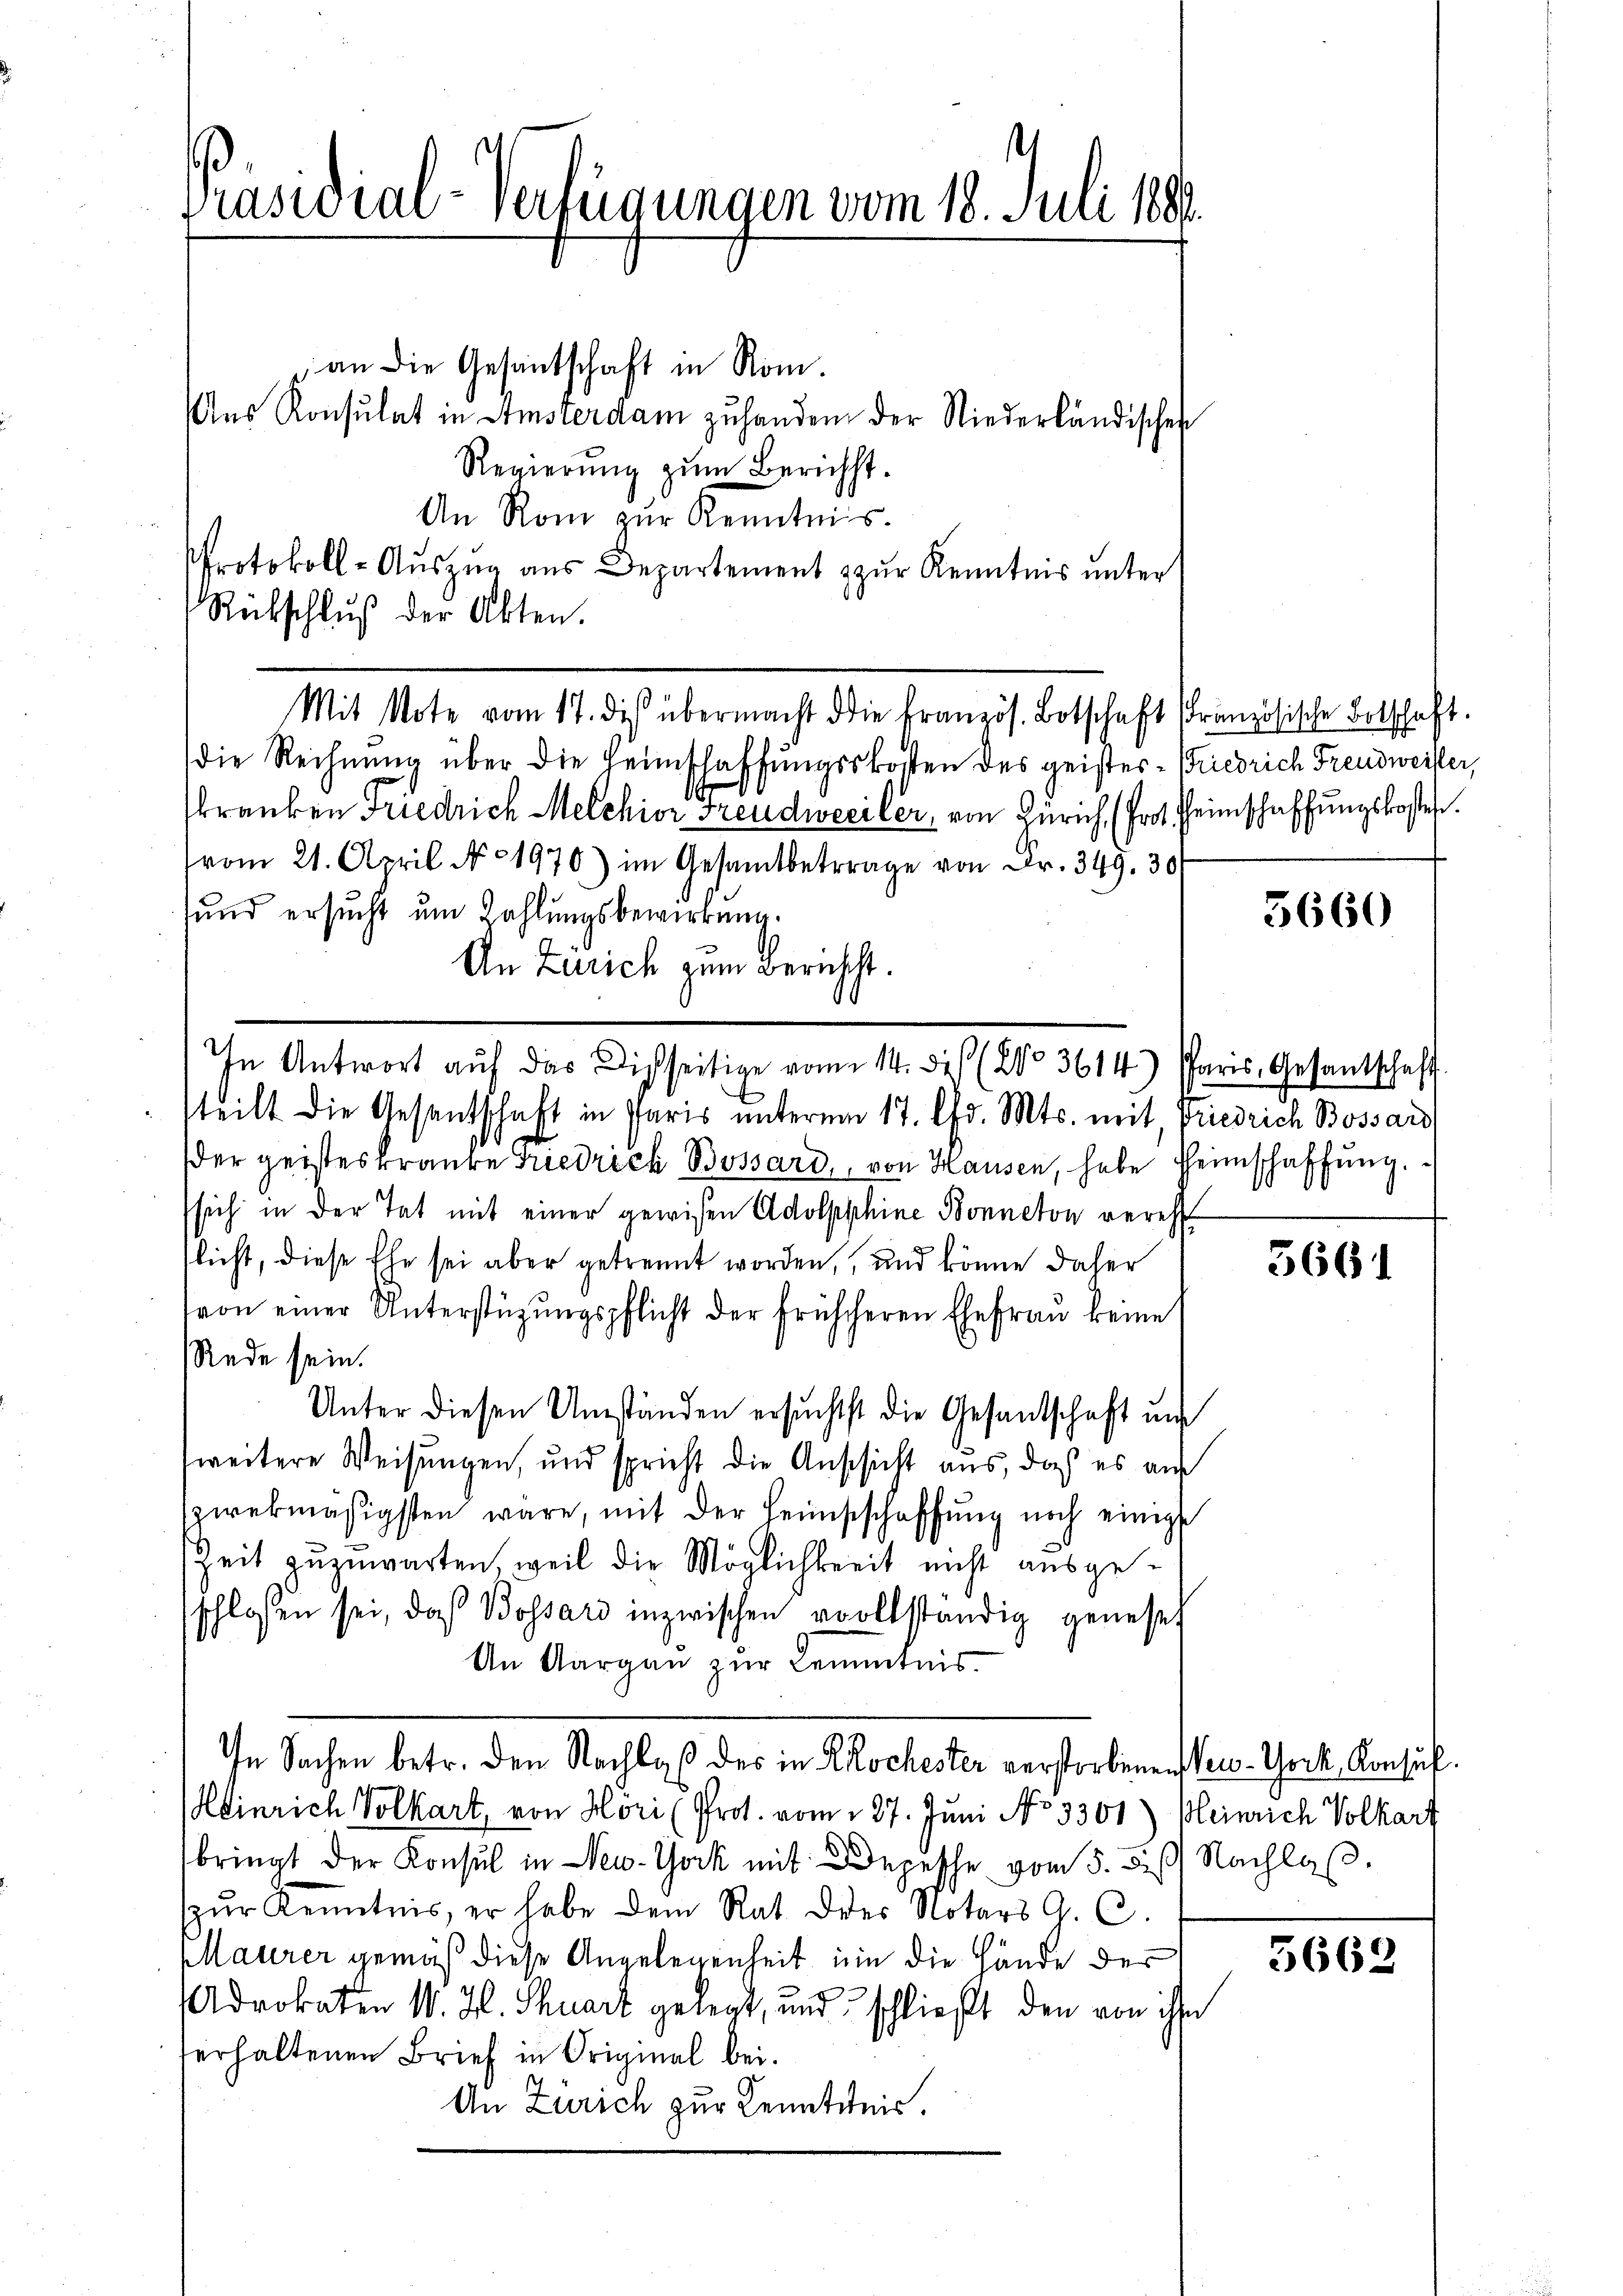
Präsidial-Verfügungen vom 18. Juli 189

an die Gesantschaft in Rom
Aŭs Konsulat in Amsterdam zŭ handen der Niederländischen
Regierŭng zŭm Bericht.
An Rom zur Kenntnis.
Protokoll-Auszug aus Departement zur Kenntnis unter
Rückschluß der Akten.
Mit Note vom 17. die übermacht die französ. Botschaft kranzösische Botschaft.
die Rechnung über die Heimschaffungskosten des geistes- Briedrich Freudweister,
kranken Friedrich Melchior Freudweiler, von Zürich, (Prot. Heimschaffungskosten.
vom 21. April No 1970) im Gesamtbetrage von Fr. 349. 30
sund ersŭcht ŭm Zahlungsbewirkung.
An Zürich zum Bericht.
In Antwort auf das Dich seitige vom 14. des (2o 3614) Paris, Gesantschaft
steilt die Gesandschaft in Paris unterm 17. Chr. Mts. mit Friedrich Bossard
der geisteskraute Friedrich Bossard, von Hausen, habe Heimschaffŭng.
sich in der Tat mit einer gewisen Adolpphine Bonneton vereh
licht, diese Ehe sei aber getrennt worden, und könne daher
von einer Unterstüzungspflicht der früheren Ehefrau keine
Rede sein.
Unter diesen Umständen ersuchtst die Gesandschaft und
weitere Weisungen, und spricht die Anschicht aus, daß es aus
zwekmäsigsten wäre, mit der Heimstschaffŭng noch einigt
Zeit zuzuwarten, weil die Möglichkeit nicht ausgeschlossen sei, daß Bossard inzwischen vollständig genesse
An Aargaŭ zŭr Kenntnis.
In Sachen betr. den Nachlaß des in Kochester verstorbenen New-York, Konsul
Heinrich Volkart, von Höri (Prot. vom 227. Juni No 3301) Kleinrich Volkart
bringt der Konsul in New-York mit Depesche vom 5. bis Nachlaβ.
zŭr Kenntnis, er habe dem Rat der Notars G. C.
laurer gemäß diese Angelegenheit um die Hände des
Advokaten W. H. Thuart gelegt, und schließt den von ihn
erhaltenen Brief in Original bei.
An Zürich zur Kenntnis.

5660

5661

3662